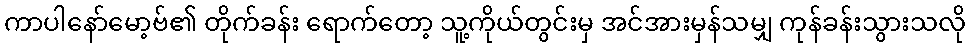
ကာပါနော်မော့ဗ်၏ တိုက်ခန်း ရောက်တော့ သူ့ကိုယ်တွင်းမှ အင်အားမှန်သမျှ ကုန်ခန်းသွားသလို